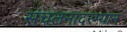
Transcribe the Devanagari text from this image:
संचलनादरम्यान